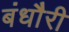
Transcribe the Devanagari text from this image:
बंधौैरी